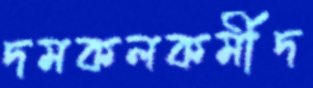
দমকলকর্মীদ